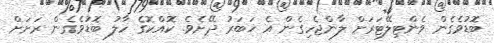
ބޮޑުވެގެން ވެންޓިލޭޓަރަށް ލާންޖެހިގެން އެ ޚަބަރު ދޭށެވެ. ކޮއްކޮގެ ހާލު ބޮޑުވެގެން ރަށަށް